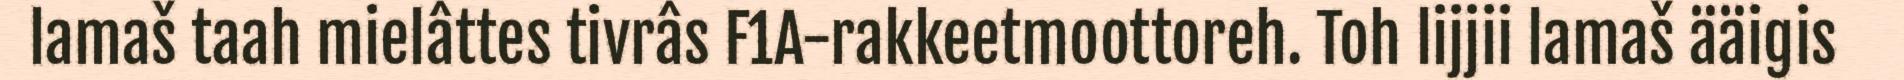
lamaš taah mielâttes tivrâs F1A-rakkeetmoottoreh. Toh lijjii lamaš ääigis